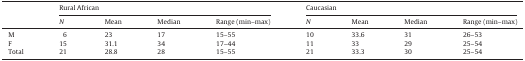
|  | <COLSPAN=4> Rural African | <COLSPAN=4> Caucasian |
 |  | N | Mean | Median | Range (min–max) | N | Mean | Median | Range (min–max) |
 | --- | --- | --- | --- | --- | --- | --- | --- | --- |
 | M | 6 | 23 | 17 | 15–55 | 10 | 33.6 | 31 | 26–53 |
 | F | 15 | 31.1 | 34 | 17–44 | 11 | 33 | 29 | 25–54 |
 | Total | 21 | 28.8 | 28 | 15–55 | 21 | 33.3 | 30 | 25–54 |